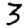
Digit: 3